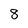
Character: 8